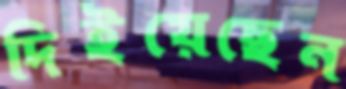
দিইয়েছেন